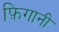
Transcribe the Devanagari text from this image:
फ़िगानी